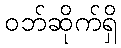
ဝဘ်ဆိုက်ရှိ